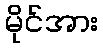
မိုင်အား